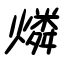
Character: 燐